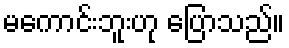
မကောင်းဘူးဟု ပြောသည်။